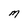
Character: M